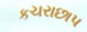
કચરાછાપ